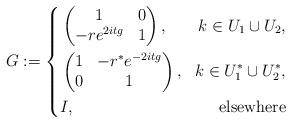
LaTeX: \begin{align*} G:=\left\{ \begin{aligned} &\begin{pmatrix}1 & 0 \\ -re^{2itg} & 1\end{pmatrix}, &k\in U_1\cup U_2, \\ &\begin{pmatrix}1 & -r^{*}e^{-2itg} \\ 0 & 1\end{pmatrix}, & k\in U_1^{*}\cup U_2^{*}, \\ &I, & \textnormal{elsewhere} \end{aligned} \right.\end{align*}